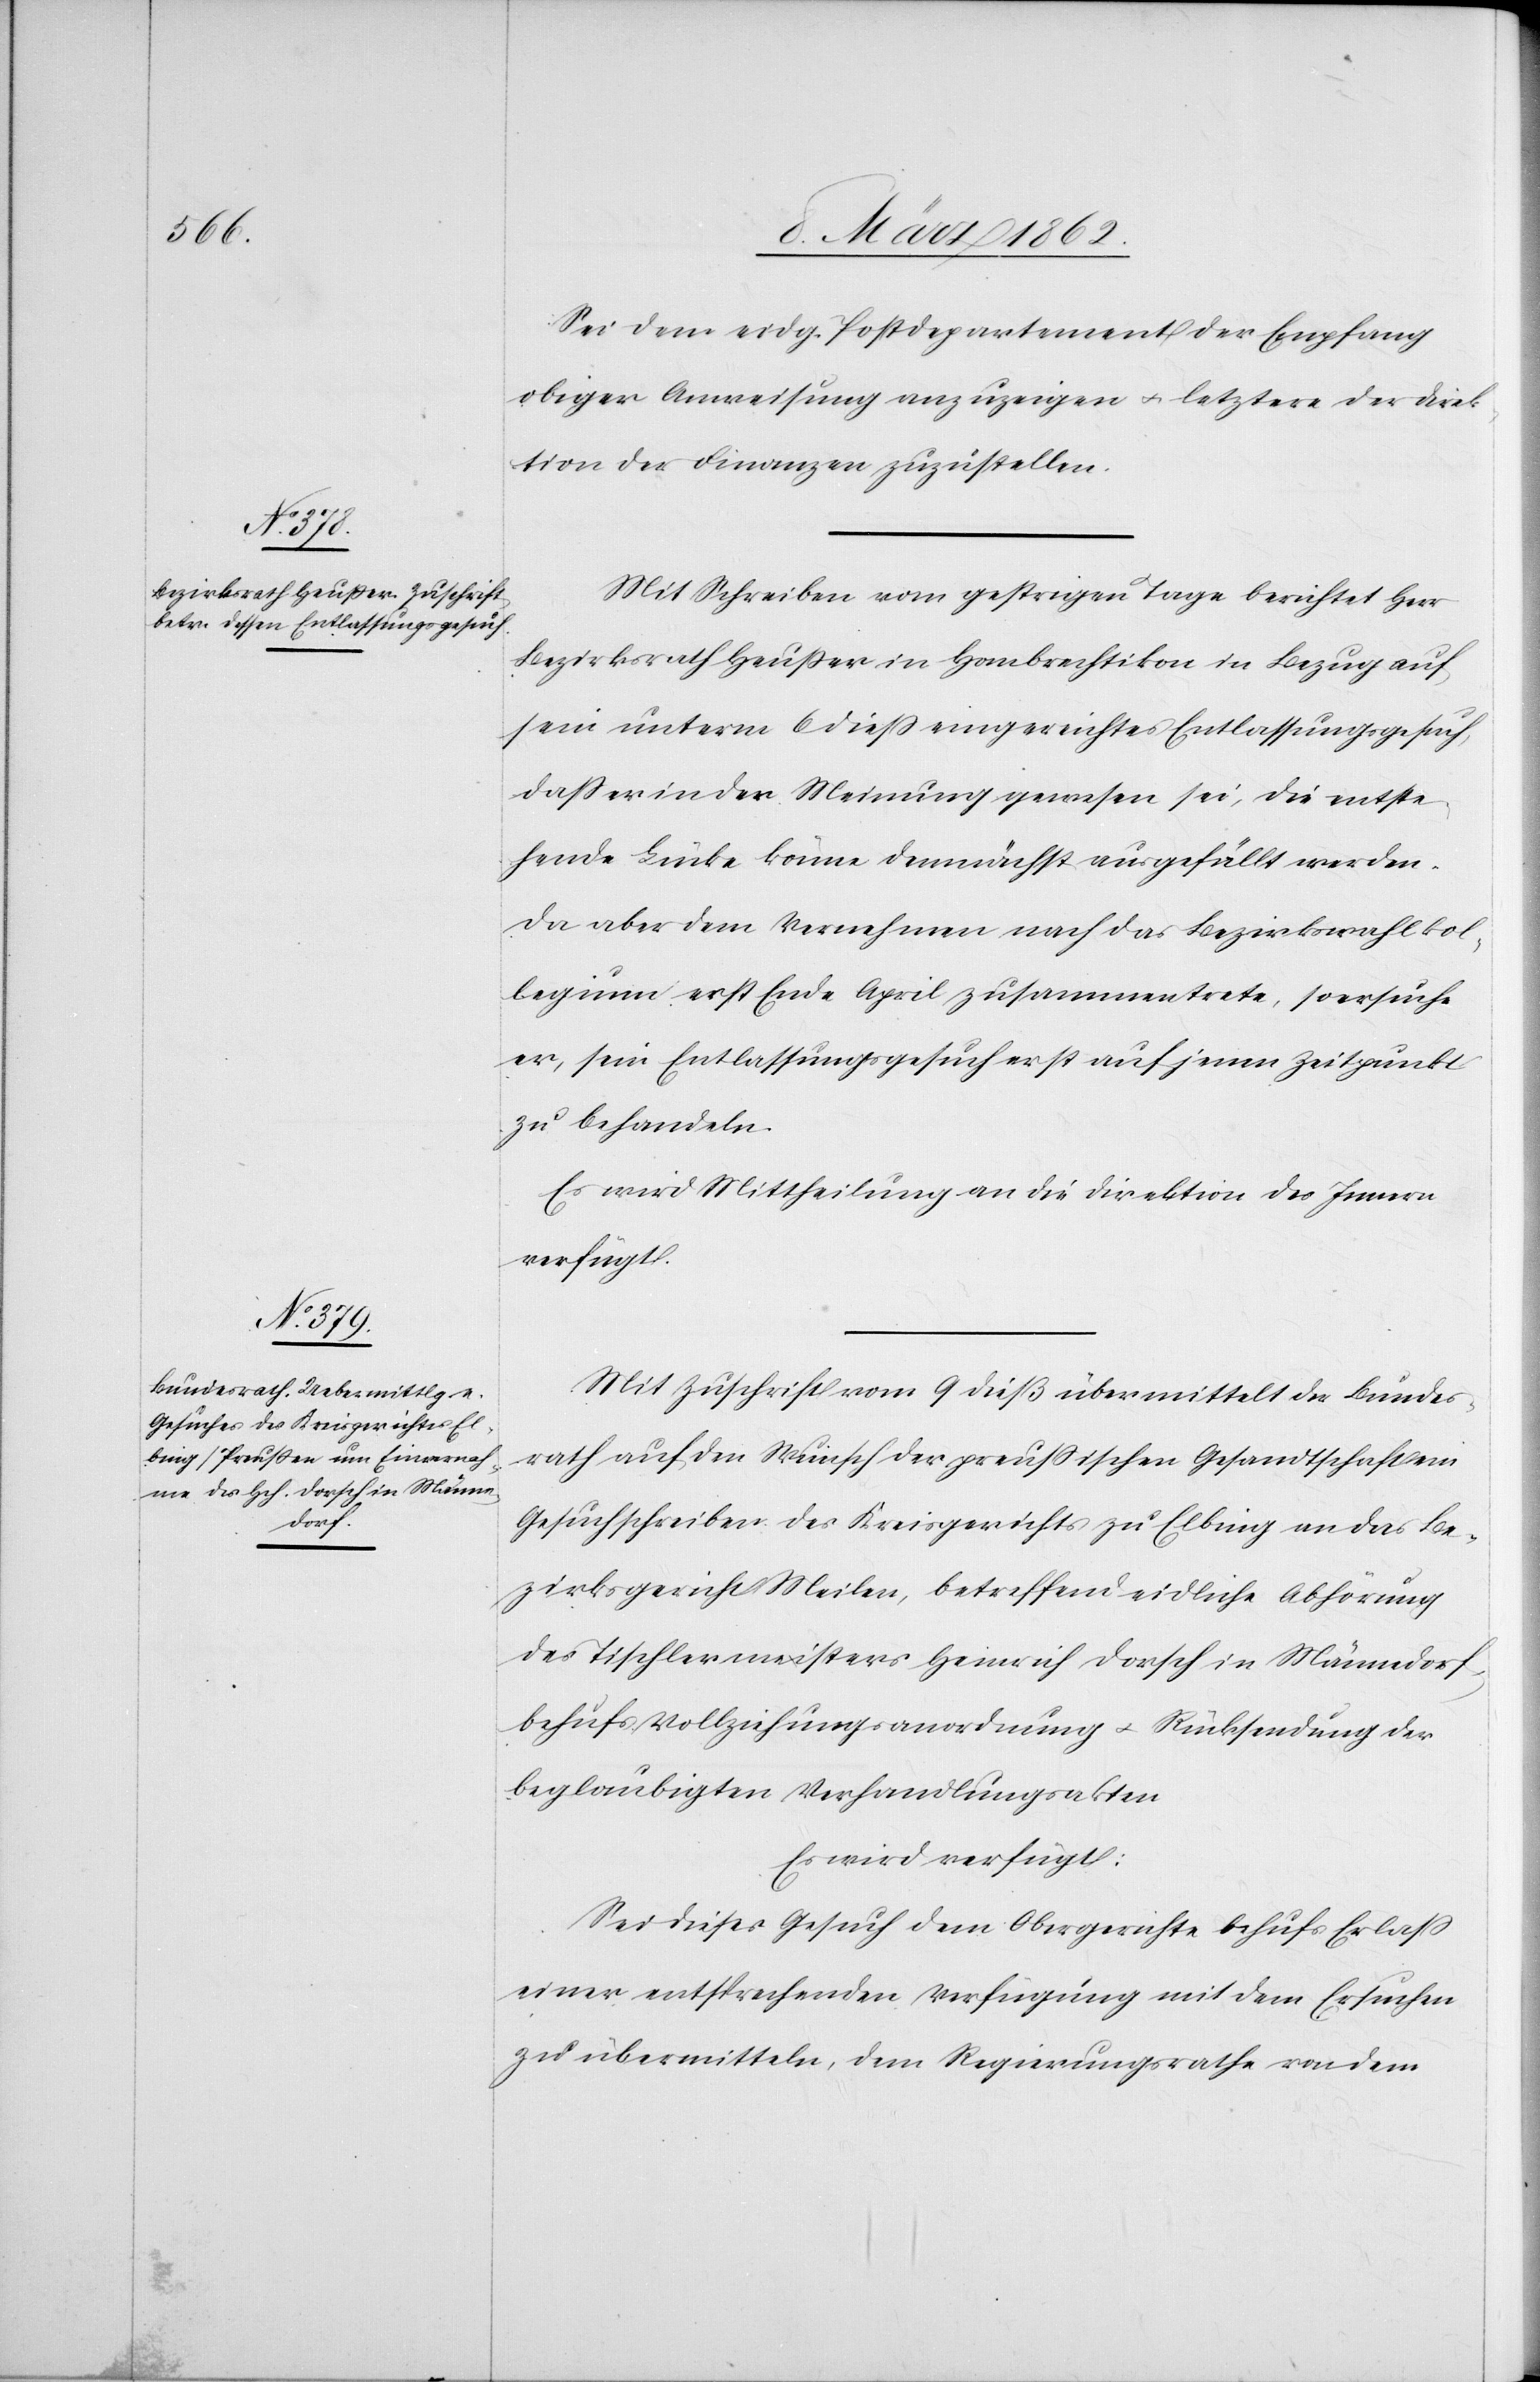
Sei dem eidg. Postdepartement der Empfang
obiger Anweisung anzuzeigen u. letztere der Direk¬
tion der Finanzen zuzustellen.
Mit Schreiben vom gestrigen Tage berichtet Herr
Bezirksrath Heußer in Hombrechtikon in Bezug auf
sein unterm 6 dieß eingereichtes Entlassungsgesuch,
daß er in der Meinung gewesen sei, die entspre¬
chende Lücke könne demnächst ausgefüllt werden.
Da aber dem Vernehmen nach das Bezirkswahlkol¬
legium erst Ende April zusammentrete, so ersuche
er, sein Entlassungsgesuch erst auf jenen Zeitpunkt
zu behandeln.
Es wird Mittheilung an die Direktion des Innern
verfügt.
Mit Zuschrift vom 9 dieß übermittelt der Bundes¬
rath auf den Wunsch der preußischen Gesandtschaft ein
Gesuchschreiben des Kreisgerichts zu Elbing an das Be¬
zirksgericht Meilen, betreffend eidliche Abhörung
des Tischlermeisters Heinrich Dorsch in Männedorf,
behufs Vollziehungsanordnung u. Rücksendung der
beglaubigten Verhandlungsakten
Es wird verfügt:
Sei dieses Gesuch dem Obergerichte behufs Erlaß
einer entsprechenden Verfügung mit dem Ersuchen
zu übermitteln, dem Regierungsrathe von dem